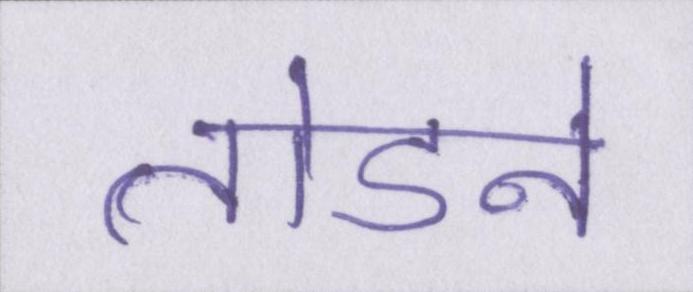
तोडने